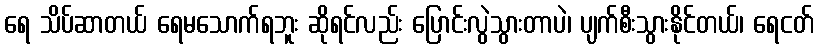
ရေ သိပ်ဆာတယ် ရေမသောက်ရဘူး ဆိုရင်လည်း ပြောင်းလွဲသွားတာပဲ၊ ပျက်စီးသွားနိုင်တယ်၊ ရေငတ်